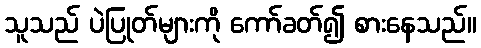
သူသည် ပဲပြုတ်များကို ကော်ခတ်၍ စားနေသည်။